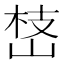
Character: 㟚